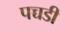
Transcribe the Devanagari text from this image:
पच्चडी